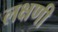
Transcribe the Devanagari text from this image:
लक्षणी